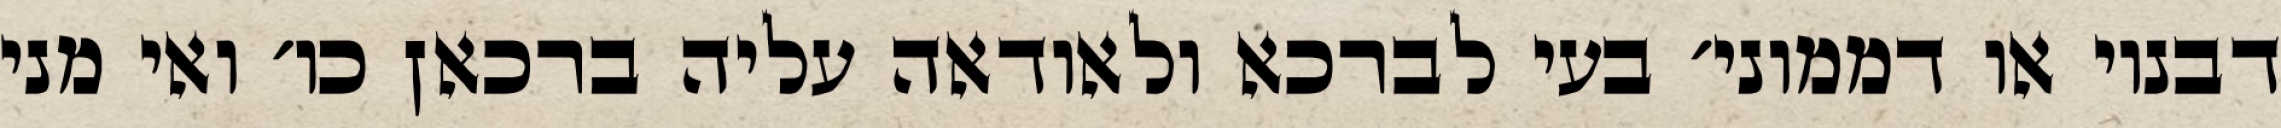
דבנוי או דממוני׳ בעי לברכא ולאודאה עליה ברכאן כו׳ ואי מני